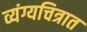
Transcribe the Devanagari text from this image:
व्यंग्यचित्रात